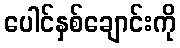
ပေါင်နှစ်ချောင်းကို